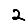
Digit: 2